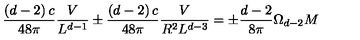
\frac { \left( d - 2 \right) c } { 4 8 \pi } \frac { V } { L ^ { d - 1 } } \pm \frac { \left( d - 2 \right) c } { 4 8 \pi } \frac { V } { R ^ { 2 } L ^ { d - 3 } } = \pm \frac { d - 2 } { 8 \pi } \Omega _ { d - 2 } M